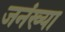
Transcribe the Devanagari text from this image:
जनंख्या